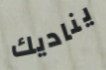
يناديك